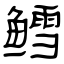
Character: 鳕